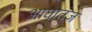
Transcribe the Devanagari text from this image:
आघातज